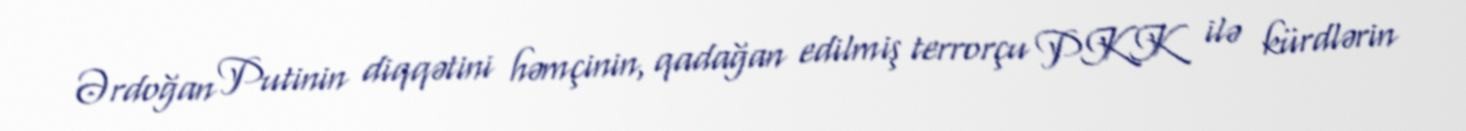
Ərdoğan Putinin diqqətini həmçinin, qadağan edilmiş terrorçu PKK ilə kürdlərin